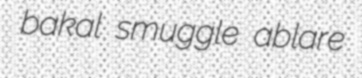
bakal smuggle ablare